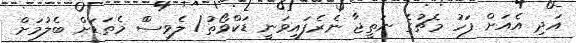
އަދި އެއަށް ފަހު މެޗުގެ ނަތީޖާ ނެރެފައިވަނީ ޑަކްވޯތު/ ލެވިސްް މެތަޑަށް ބެލުމަށް